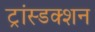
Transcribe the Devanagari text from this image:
ट्रांस्डक्शन